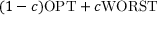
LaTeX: ( 1 - c ) \mathrm { O P T } + c \mathrm { W O R S T }